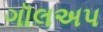
ગૉલઅપ